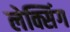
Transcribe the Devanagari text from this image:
लेक्सिंग